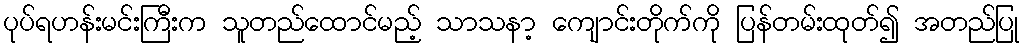
ပုပ်ရဟန်းမင်းကြီးက သူတည်ထောင်မည့် သာသနာ့ ကျောင်းတိုက်ကို ပြန်တမ်းထုတ်၍ အတည်ပြု